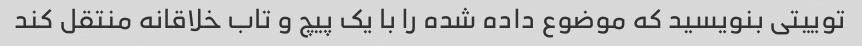
توییتی بنویسید که موضوع داده شده را با یک پیچ و تاب خلاقانه منتقل کند